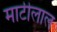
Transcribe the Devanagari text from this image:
माटीलाल